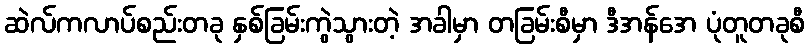
ဆဲလ်ကလာပ်စည်းတခု နှစ်ခြမ်းကွဲသွားတဲ့ အခါမှာ တခြမ်းစီမှာ ဒီအန်အေ ပုံတူတခုစီ